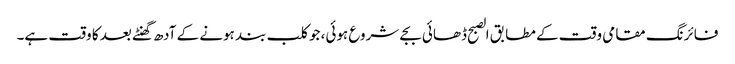
فائرنگ مقامی وقت کے مطابق الصبح ڈھائی بجے شروع ہوئی، جو کلب بند ہونے کے آدھ گھنٹے بعد کا وقت ہے۔